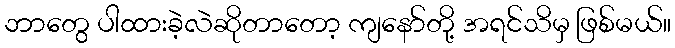
ဘာတွေ ပါထားခဲ့လဲဆိုတာတော့ ကျနော်တို့ အရင်သိမှ ဖြစ်မယ်။